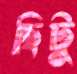
ছিটু